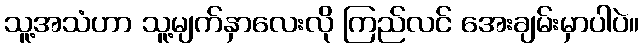
သူ့အသံဟာ သူ့မျက်နှာလေးလို ကြည်လင် အေးချမ်းမှာပါပဲ။